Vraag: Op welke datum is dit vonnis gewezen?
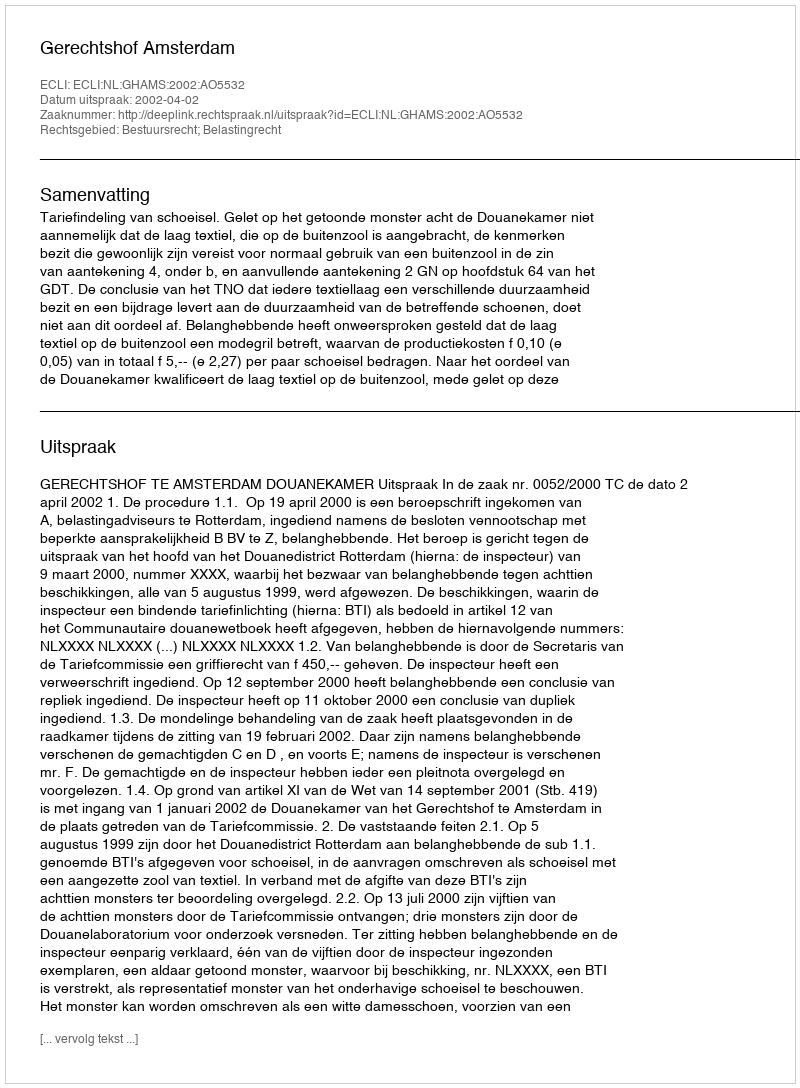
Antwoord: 2002-04-02